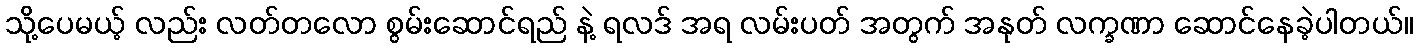
သို့ပေမယ့် လည်း လတ်တလော စွမ်းဆောင်ရည် နဲ့ ရလဒ် အရ လမ်းပတ် အတွက် အနုတ် လက္ခဏာ ဆောင်နေခဲ့ပါတယ်။